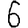
Digit: 6